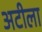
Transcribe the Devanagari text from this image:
अटीला